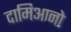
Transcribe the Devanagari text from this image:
दामिआनो